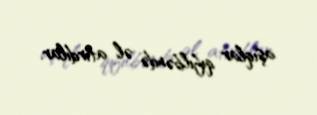
aşıqlar qıfılbəndə əl atırdılar.